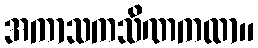
အကာသကသိဏကထာ။